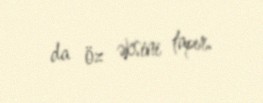
da öz əksini tapır.